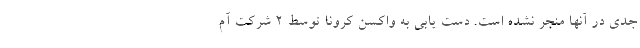
جدی در آنها منجر نشده است. دست یابی به واکسن کرونا توسط ۲ شرکت آم